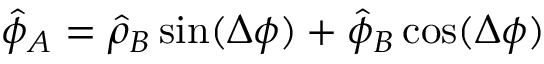
\hat { \phi } _ { A } = \hat { \rho } _ { B } \sin ( \Delta \phi ) + \hat { \phi } _ { B } \cos ( \Delta \phi )